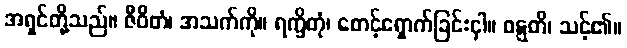
အရှင်တို့သည်။ ဇီဝိတံ၊ အသက်ကို။ ရက္ခိတုံ၊ စောင့်ရှောက်ခြင်းငှါ။ ဝဋ္ဋတိ၊ သင့်၏။